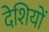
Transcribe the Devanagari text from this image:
देशियों